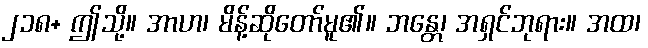
၂၁၈+ ဤသို့။ အာဟ၊ မိန့်ဆိုတော်မူ၏။ ဘန္တေ၊ အရှင်ဘုရား။ အထ၊